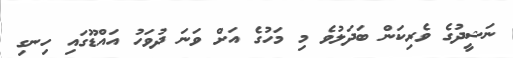
ނަޝީދުގެ ވެރިކަން ބަދަލުވެ މި މަހުގެ އަށް ވަނަ ދުވަހު އައްޑޫގައި ހިނގި